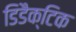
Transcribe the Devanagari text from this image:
डिडैक्टिक